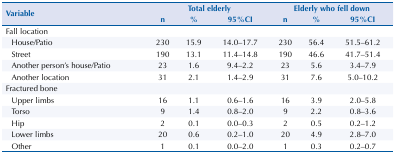
| <ROWSPAN=2> Variable | <COLSPAN=3> Total elderly | <COLSPAN=3> Elderly who fell down |
 | n | % | 95%CI | n | % | 95%CI |
 | --- | --- | --- | --- | --- | --- | --- |
 | Fall location |  |  |  |  |  |  |
 | House/Patio | 230 | 15.9 | 14.0–17.7 | 230 | 56.4 | 51.5–61.2 |
 | Street | 190 | 13.1 | 11.4–14.8 | 190 | 46.6 | 41.7–51.4 |
 | Another person’s house/Patio | 23 | 1.6 | 9.4–2.2 | 23 | 5.6 | 3.4–7.9 |
 | Another location | 31 | 2.1 | 1.4–2.9 | 31 | 7.6 | 5.0–10.2 |
 | Fractured bone |  |  |  |  |  |  |
 | Upper limbs | 16 | 1.1 | 0.6–1.6 | 16 | 3.9 | 2.0–5.8 |
 | Torso | 9 | 1.4 | 0.8–2.0 | 9 | 2.2 | 0.8–3.6 |
 | Hip | 2 | 0.1 | 0.0–0.3 | 2 | 0.5 | 0.2–1.2 |
 | Lower limbs | 20 | 0.6 | 0.2–1.0 | 20 | 4.9 | 2.8–7.0 |
 | Other | 1 | 0.1 | 0.0–2.0 | 1 | 0.3 | 0.2–0.7 |